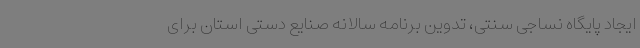
ایجاد پایگاه نساجی سنتی، تدوین برنامه سالانه صنایع دستی استان برای